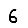
Digit: 6